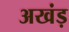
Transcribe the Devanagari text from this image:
अखंड़